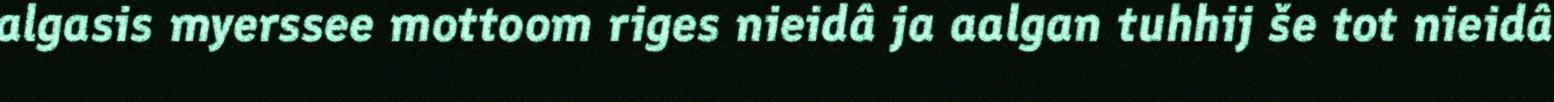
algasis myerssee mottoom riges nieidâ ja aalgan tuhhij še tot nieidâ